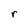
Character: r